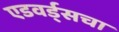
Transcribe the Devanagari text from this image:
एडवर्ड्सचा